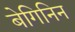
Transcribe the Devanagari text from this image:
बेगिनिन